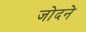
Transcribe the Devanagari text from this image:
जोदने